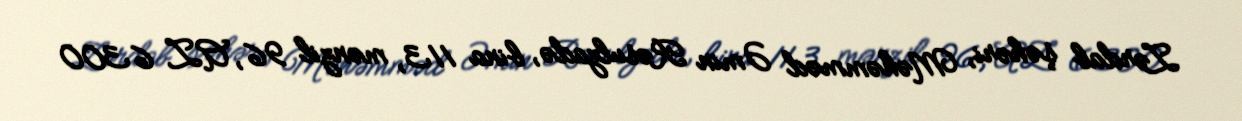
Zərdab şəhəri, Məhəmməd Əmin Rəsulzadə, bina 113, mənzil 96, AZ 6300